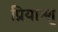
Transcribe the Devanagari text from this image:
प्रियान्शु